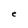
Character: e